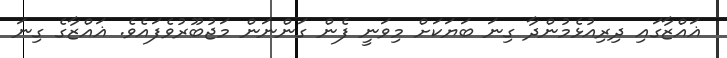
ޣައްޒާގައި ދިރިއުޅެމުންދާ ގިނަ ބަޔަކަށް މިވަނީ ފެން ގަންނަން މަޖުބޫރުވެފައެވެ. ޣައްޒާގެ ގިނަ